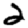
Digit: 2